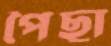
পৈছা